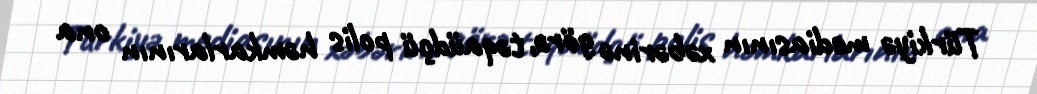
Türkiyə mediasının xəbərinə görə, təqaüdçü polis həmkarlarının ona